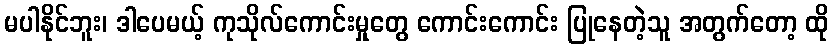
မပါနိုင်ဘူး၊ ဒါပေမယ့် ကုသိုလ်ကောင်းမှုတွေ ကောင်းကောင်း ပြုနေတဲ့သူ အတွက်တော့ ထို